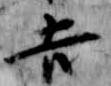
吉